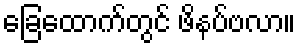
ခြေထောက်တွင် ဖိနပ်ဗလာ။